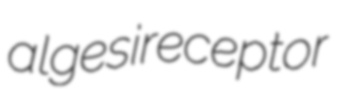
algesireceptor